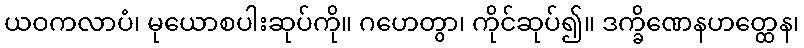
ယဝကလာပံ၊ မုယောစပါးဆုပ်ကို။ ဂဟေတွာ၊ ကိုင်ဆုပ်၍။ ဒက္ခိဏေနဟတ္ထေန၊